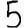
Digit: 5